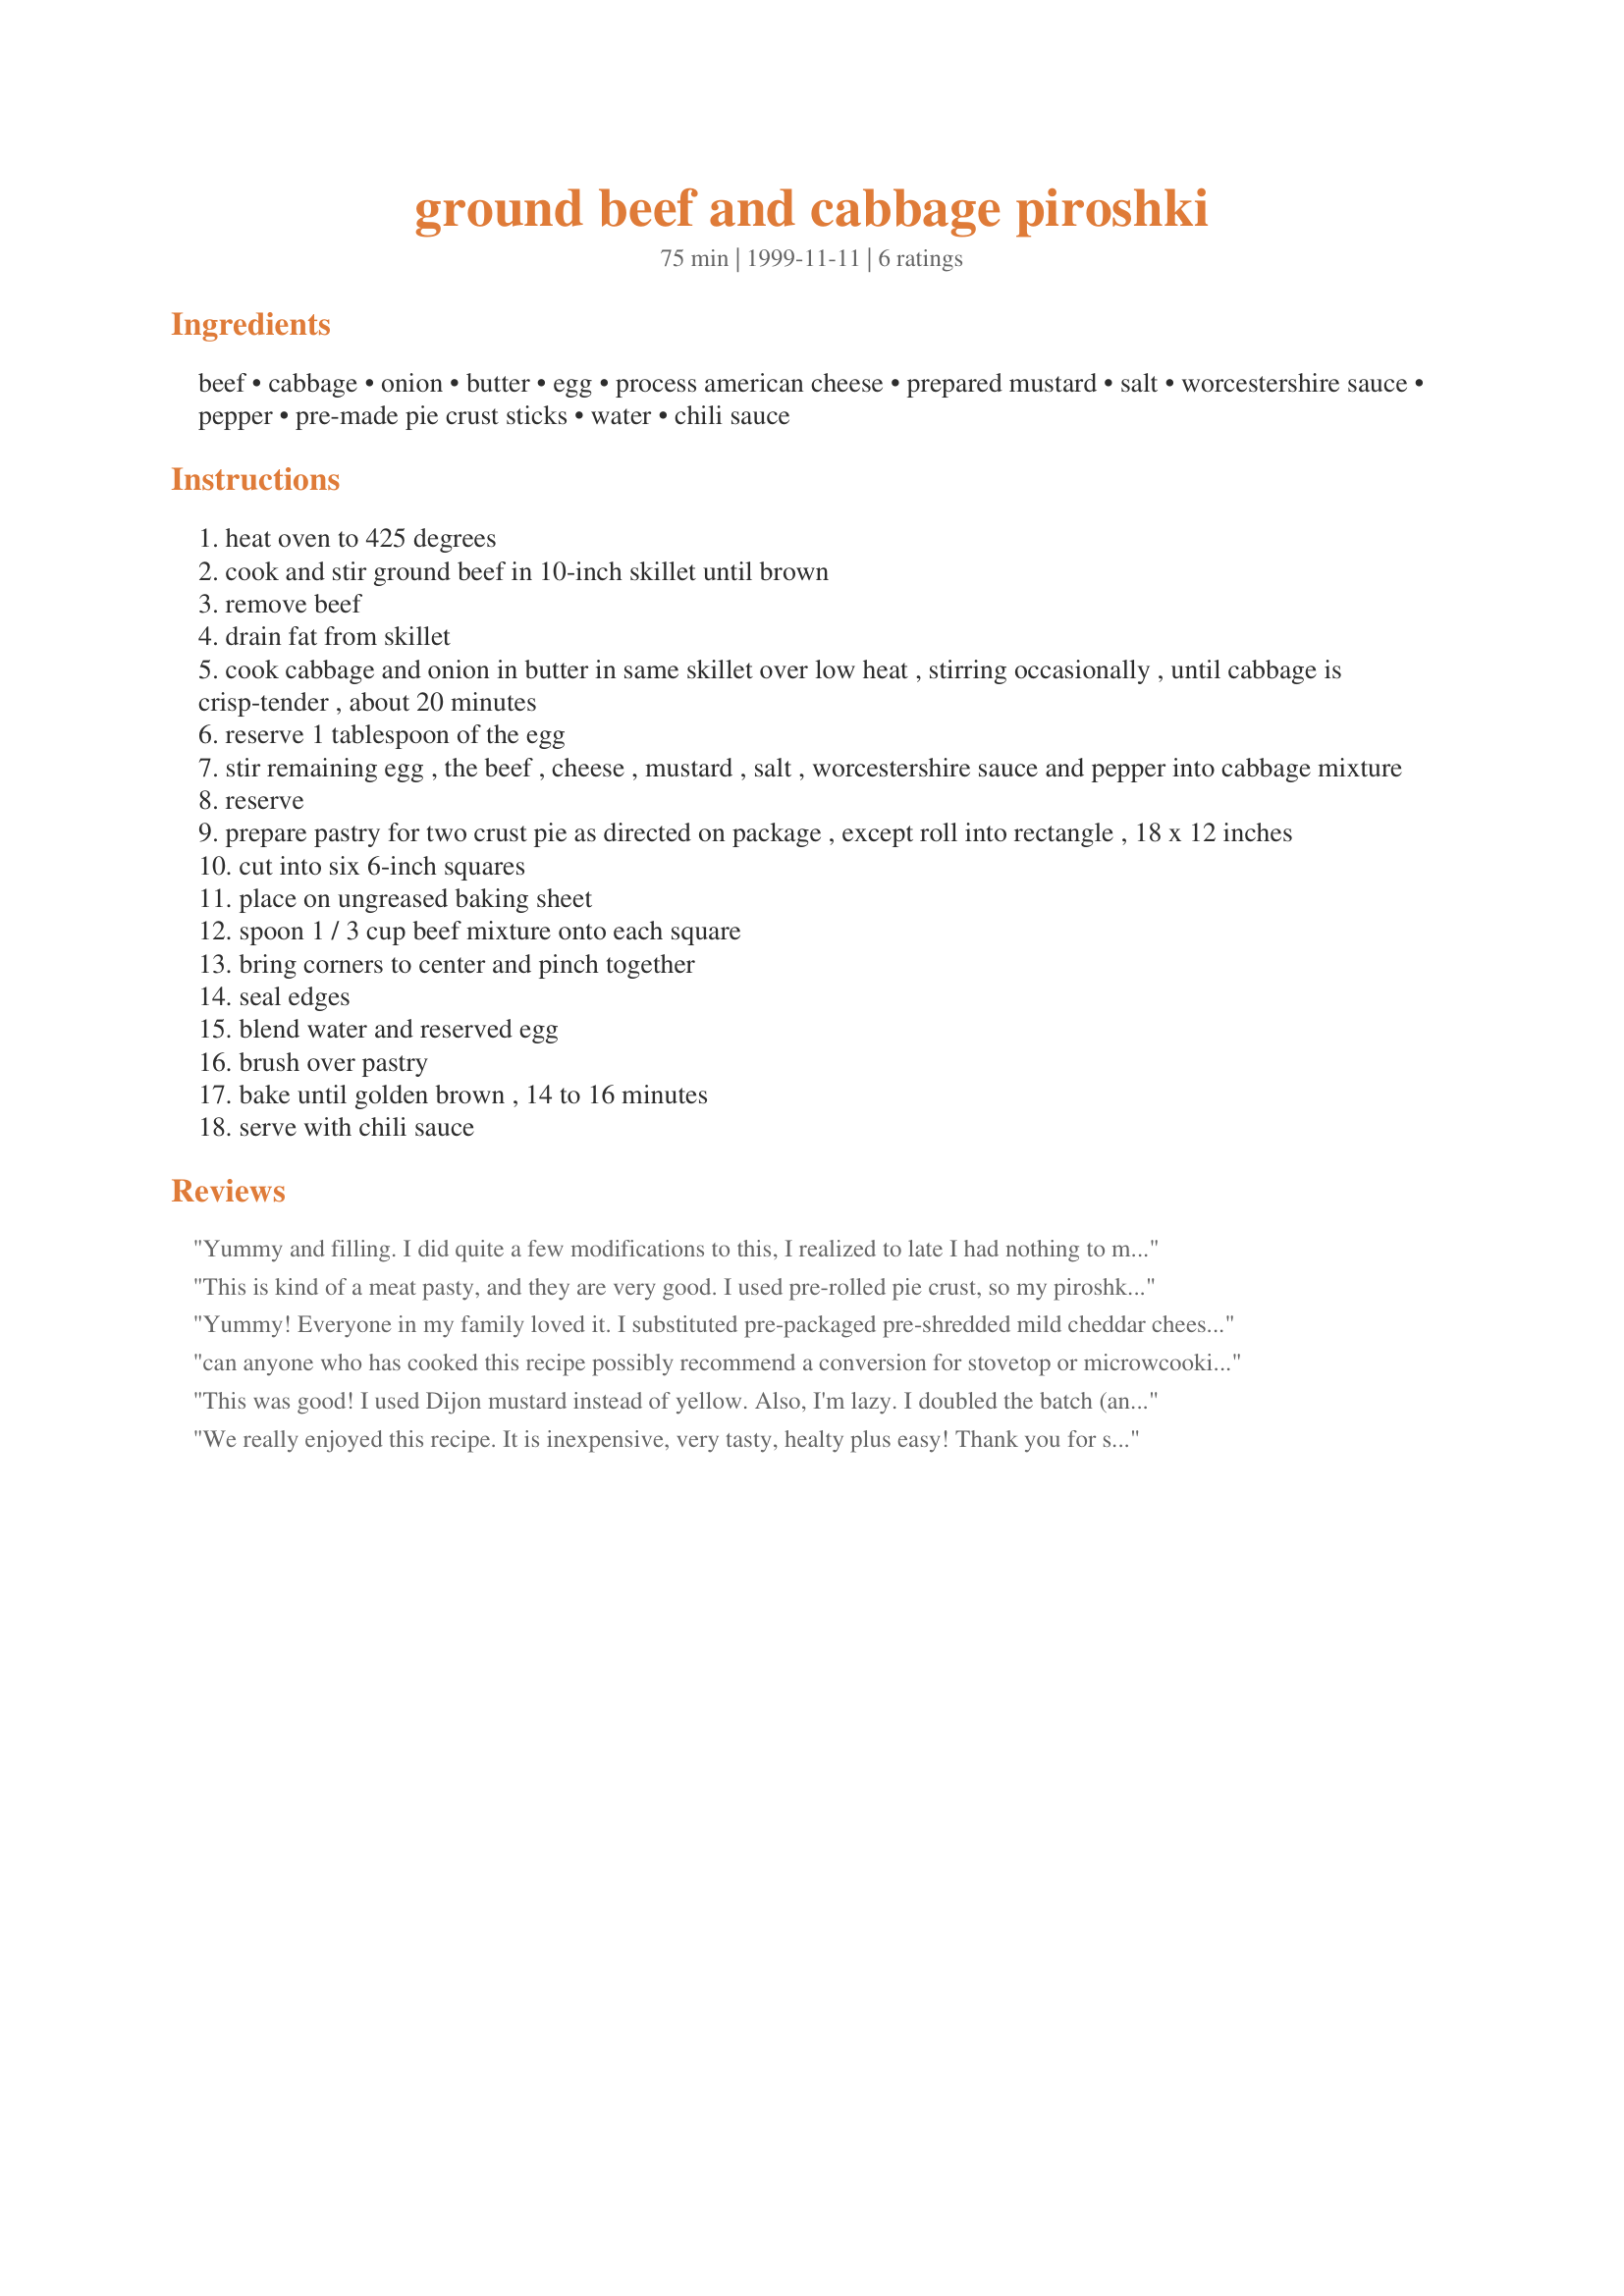
ground beef and cabbage piroshki
Preparation time: 75 minutes

Ingredients:
beef, cabbage, onion, butter, egg, process american cheese, prepared mustard, salt, worcestershire sauce, pepper, pre-made pie crust sticks, water, chili sauce

Steps:
heat oven to 425 degrees
cook and stir ground beef in 10-inch skillet until brown
remove beef
drain fat from skillet
cook cabbage and onion in butter in same skillet over low heat , stirring occasionally , until cabbage is crisp-tender , about 20 minutes
reserve 1 tablespoon of the egg
stir remaining egg , the beef , cheese , mustard , salt , worcestershire sauce and pepper into cabbage mixture
reserve
prepare pastry for two crust pie as directed on package , except roll into rectangle , 18 x 12 inches
cut into six 6-inch squares
place on ungreased baking sheet
spoon 1 / 3 cup beef mixture onto each square
bring corners to center and pinch together
seal edges
blend water and reserved egg
brush over pastry
bake until golden brown , 14 to 16 minutes
serve with chili sauce

Reviews:
Yummy and filling. I did quite a few modifications to this, I realized to late I had nothing to make a crust with, so I turned this into a casserole. I doubled all the ingredients, except the beef I used 1 1/2 lbs, used a whole head of cabbage and used 10 oz of cheese.
This is kind of a meat pasty, and they are very good. I used pre-rolled pie crust, so my piroshki were probably not really pretty, but the taste was the same!
Yummy! Everyone in my family loved it. I substituted pre-packaged pre-shredded mild cheddar cheese for the american cheese, just because it's what I had in the fridge. We also skipped the chili sauce, so I can't comment on that. The mustard in the recipe really gives a pleasing flavor boost. I had a hard time getting six squares out of my pie crust mix (Jiffy). There was just enough pastry, so I couldn't get the last two shaped like squares. Next time, I will use two boxes of pie crust mix and discard the scraps. If you do this however, remember to roll it out thin--about 1/16 inch. It helps to wet the edges of the pastry squares when you pinch the edges together. I served it with homemade mushroom soup and a microwaved bag of frozen mixed vegetables with butter and pepper. The Piroshki was filling--nobody ate more than one.
can anyone who has cooked this recipe possibly recommend a conversion for stovetop or microwcooking, instead of oven baking? thanks! hoping to have one soon!
This was good! I used Dijon mustard instead of yellow. Also, I'm lazy. I doubled the batch (and added a little bacon ... yum) and prepared it in a pie pan with top and bottom crust.
We really enjoyed this recipe. It is inexpensive, very tasty, healty plus easy! Thank you for sharing.
